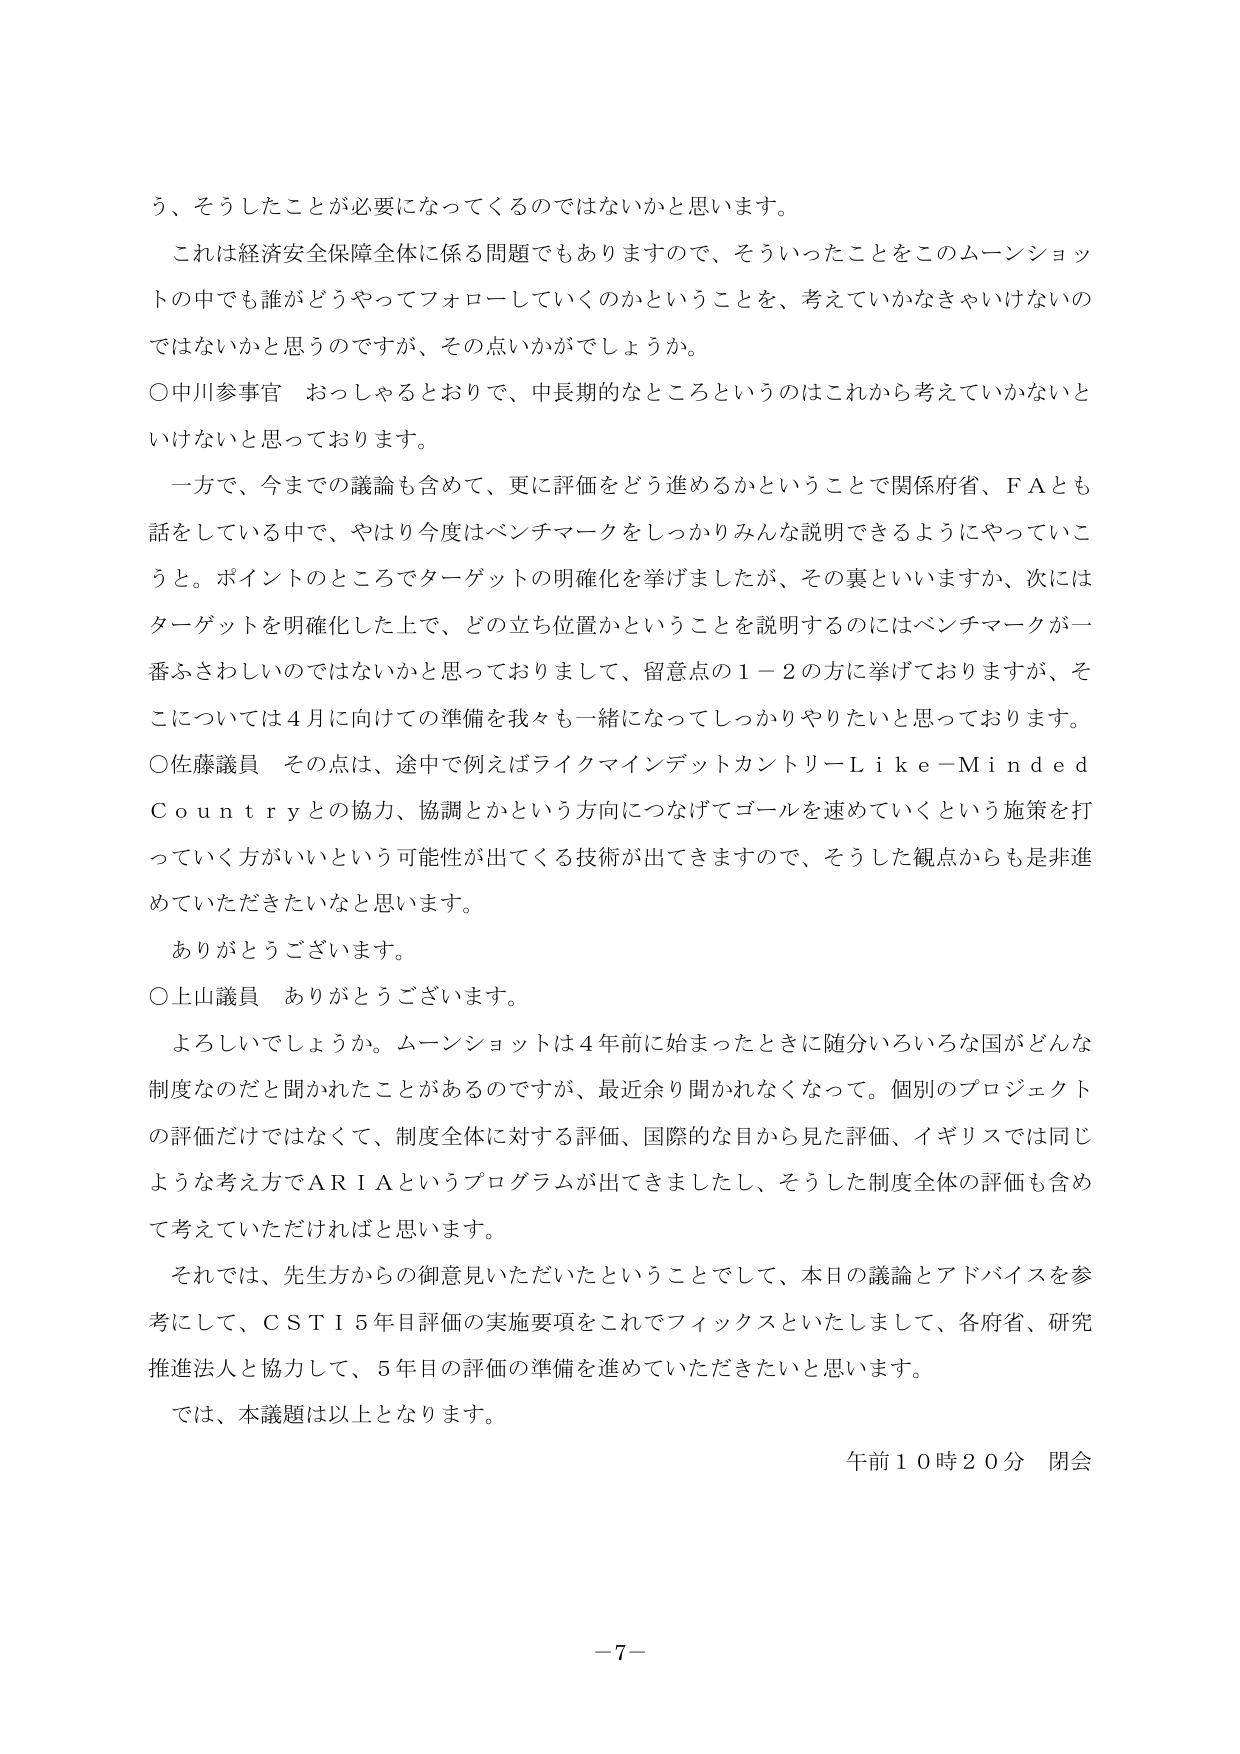
う、そうしたことが必要になってくるのではないかと思います。

これは経済安全保障全体に係る問題でもありますので、そういったことをこのムーンショットの中でも誰がどうやってフォローしていくのかということを、考えていかなきゃいけないのではないかと思うのですが、その点いかがでしょうか。

○中川参事官 おっしゃるとおりで、中長期的なところというのはこれから考えていかなきゃいけないと思っております。

一方で、今までの議論も含めて、更に評価をどう進めるかということで関係府省、ＦＡとも話をしている中で、やはり今度はベンチマークをしっかりみんな説明できるようにやっていこうと。ポイントのところでターゲットの明確化を挙げましたが、その裏といいますか、次にはターゲットを明確化した上で、どの立ち位置かということを説明するのにはベンチマークが一番ふさわしいのではないかと思っておりまして、留意点の１－２の方に挙げておりますが、そこについては４月に向けての準備を我々も一緒になってしっかりやりたいと思っております。

○佐藤議員 その点は、途中で例えばライクマインデットカントリーＬｉｋｅ－ＭｉｎｄｅｄＣｏｕｎｔｒｙとの協力、協調とかという方向につなげてゴールを速めていくという施策を打っていく方がいいという可能性が出てくる技術が出てきますので、そうした観点からも是非進めていただきたいなと思います。

ありがとうございます。

○上山議員 ありがとうございます。

よろしいでしょうか。ムーンショットは４年前に始まったときに随分いろいろな国がどんな制度なのだとか聞かれたことがあるのですが、最近余り聞かれなくなって。個別のプロジェクトの評価だけではなくて、制度全体に対する評価、国際的な目から見た評価、イギリスでは同じような考え方でＡＲＩＡというプログラムが出てきましたし、そうした制度全体の評価も含めて考えていただければと思います。

それでは、先生方からの御意見いただいたということでして、本日の議論とアドバイスを参考にして、ＣＳＴＩ５年目評価の実施要項をこれでフィックスといたしまして、各府省、研究推進法人と協力して、５年目の評価の準備を進めていただきたいと思います。

では、本議題は以上となります。

午前１０時２０分 閉会

－７－